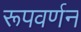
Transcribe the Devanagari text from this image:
रूपवर्णन